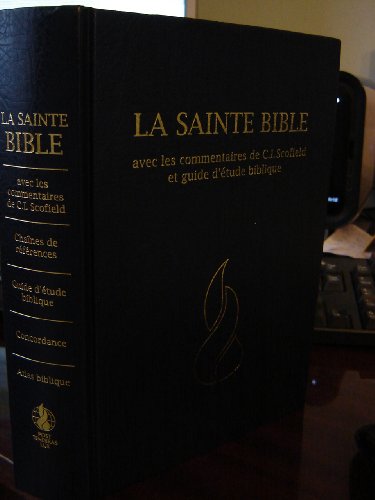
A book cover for French Scofield Study Bible / La Sainte Bible avec les commentaires de C.I.Scofield et guide d'etude biblique / Chaine de references / Concordance / Atlas Biblique / Louis Segond 1979; Louis Segond; Christian Books & Bibles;